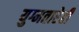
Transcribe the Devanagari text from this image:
युग्मतारेही